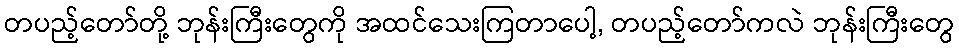
တပည့်တော်တို့ ဘုန်းကြီးတွေကို အထင်သေးကြတာပေါ့, တပည့်တော်ကလဲ ဘုန်းကြီးတွေ